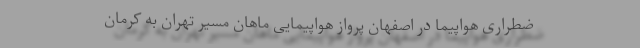
ضطراری هواپیما در اصفهان پرواز هواپیمایی ماهان مسیر تهران به کرمان